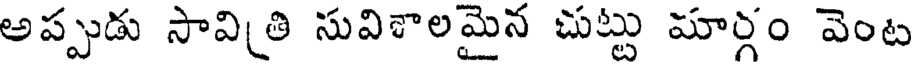
అప్పుడు సావిత్రి సువిశాలమైన చుట్టు మార్గం వెంట